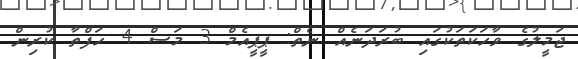
ޖަމީލުގެ ވާހަކަތަކުގައި ބުރަދަނެއް ނެތް: ޕީޕީއެމް 3 މަސް 4 ހަފްތާ ކުރިން